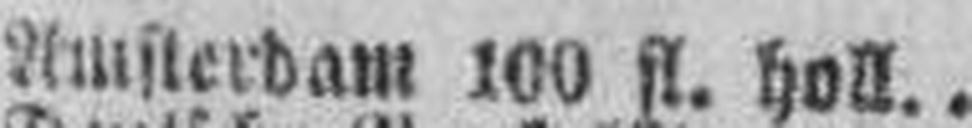
Amsterdam 100 fl. holl